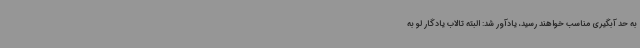
به حد آبگیری مناسب خواهند رسید، یادآور شد: البته تالاب یادگار لو به